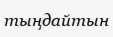
тыңдайтын